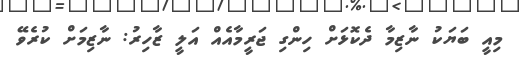
މިއީ ބަޔަކު ނާޒިމާ ދެކޮޅަށް ހިންގި ޖަރީމާއެއް އަލީ ޒާހިރު: ނާޒިމަށް ކުރެވޭ